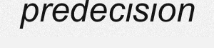
predecision